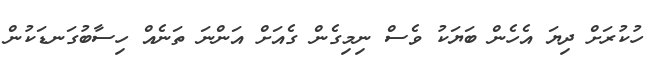
ހުކުރަށް ދިޔަ އެހެން ބަޔަކު ވެސް ނިމިގެން ގެއަށް އަންނަ ތަނެއް ހިސާބުގަނޑަކުން